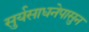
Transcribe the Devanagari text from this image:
सुर्यसाधनेपासुन